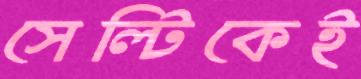
সেল্টিকেই